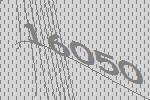
16050